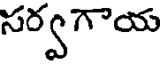
సర్వగాయ